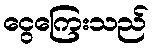
ငွေကြေးသည်